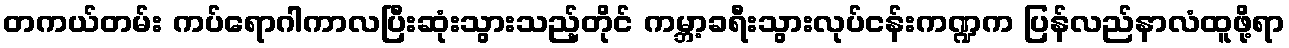
တကယ်တမ်း ကပ်ရောဂါကာလပြီးဆုံးသွားသည့်တိုင် ကမ္ဘာ့ခရီးသွားလုပ်ငန်းကဏ္ဍက ပြန်လည်နာလံထူဖို့ရာ